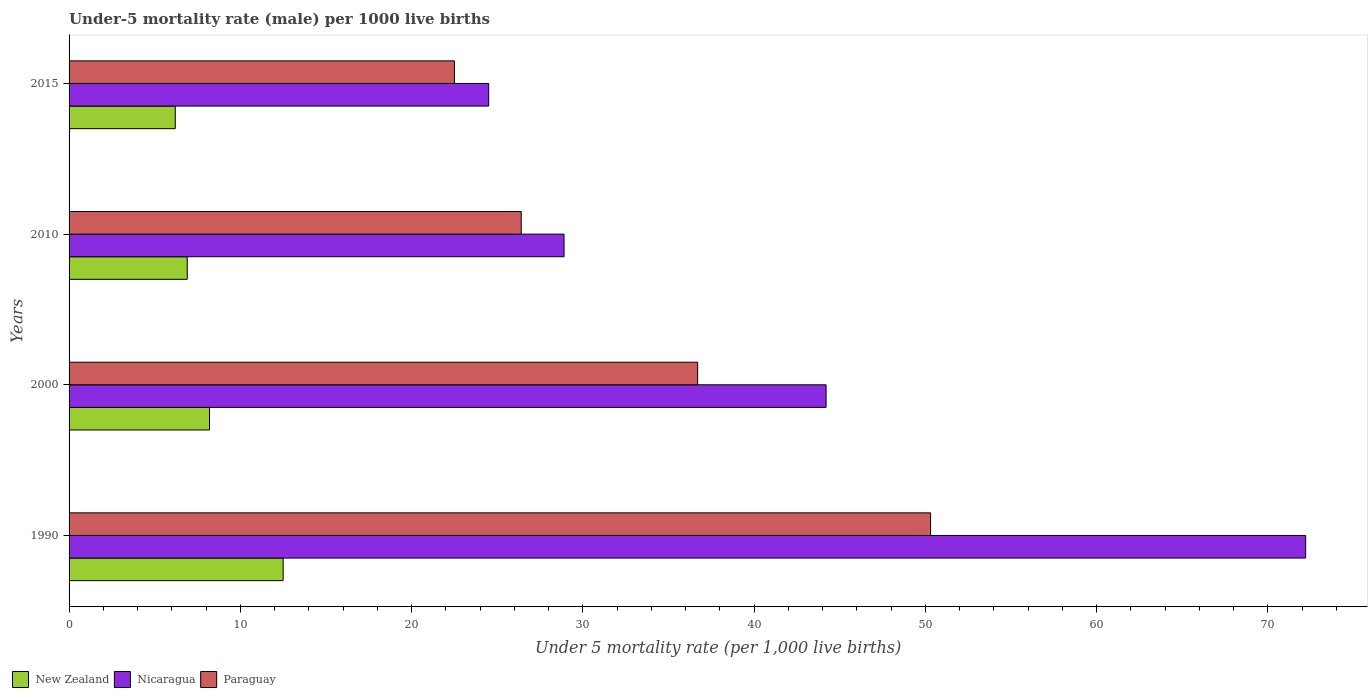
| Years | New Zealand | Nicaragua | Paraguay |
 | --- | --- | --- | --- |
 | 1990 | 12.5 | 72.2 | 50.3 |
 | 2000 | 8.2 | 44.2 | 36.7 |
 | 2010 | 6.9 | 28.9 | 26.4 |
 | 2015 | 6.2 | 24.5 | 22.5 |